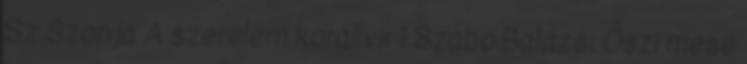
Sz.Szonja A szerelem korallvir 1 Szabó Balázs: Őszi mese